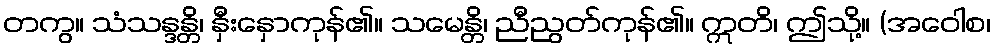
တကွ။ သံသန္ဒန္တိ၊ နှီးနှောကုန်၏။ သမေန္တိ၊ ညီညွတ်ကုန်၏။ ဣတိ၊ ဤသို့။ (အဝေါစ၊